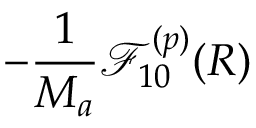
- \frac { 1 } { M _ { a } } \mathcal { F } _ { 1 0 } ^ { ( p ) } ( R )